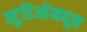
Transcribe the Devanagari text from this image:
स्टुडिओंमधून